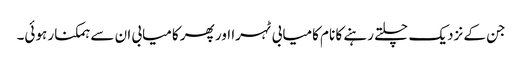
جن کے نزدیک چلتے رہنے کا نام کامیابی ٹہرا اور پھر کامیابی ان سے ہمکنار ہوئی۔